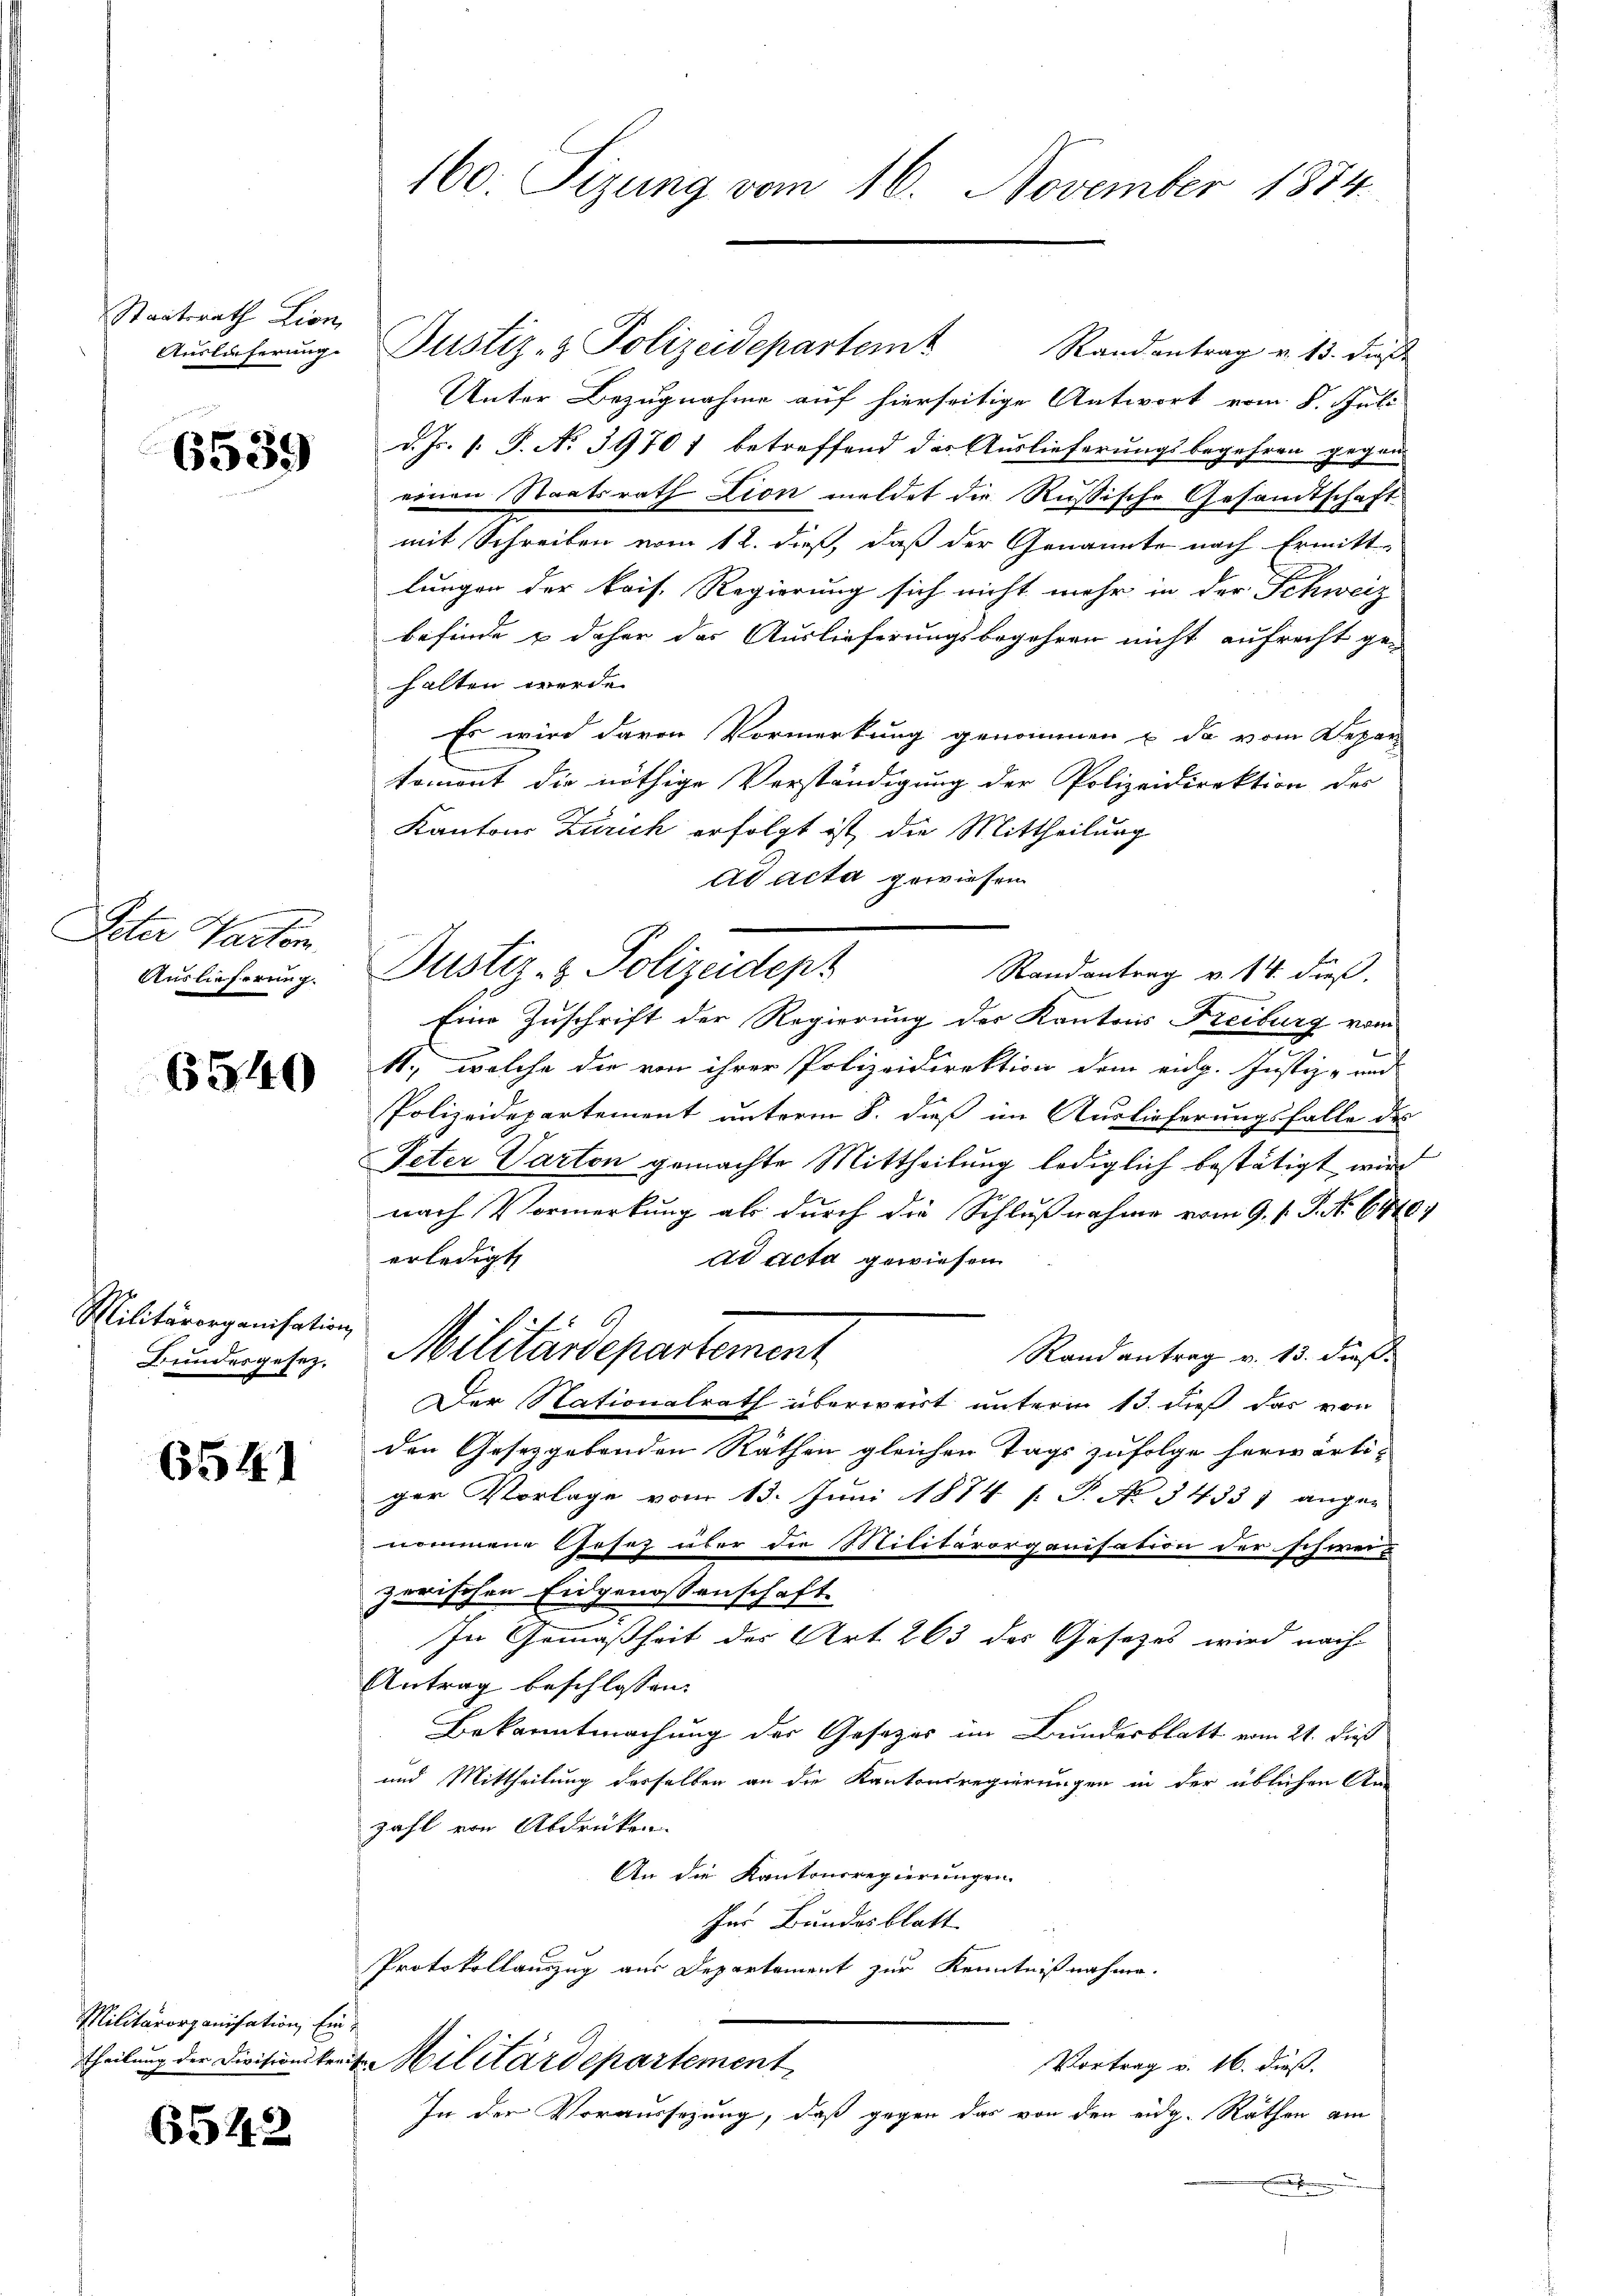
Staatsrath Lion,
Auslieferung

6539

Peter Parten.
Auslieferung.

6540

Militärorganisation
Bundesgesez¬

6541

Militärorganisation, Ein
Theilung der Divisionskre-

6542

160. Tizung vom 16. November 1874.

Justiz- & Polizeidepartem Randantrag v. 13. dieß
Unter Bezugnahme auf hierseitige Antwort vom 8. Juli
d. Js. 1. P. No 39701 betreffend das Auslieferungsbegehren gegen
einen Staatsrath Lion meldet die Rußische Gesamtschaft
mit Schreiben vom 12. dieß, daß der Genannte nach Ermitt
lungen der kais. Regierung sich nicht mehr in der Schweiz
befinde & daher das Auslieferungsbegehren nicht aufrecht ge-
halten werde.
Es wird davon Vormerkung genommen u. da vom Depar
koment die nöthige Verständigung der Polizeidirektion des
Kantons Zürich erfolgt ist, die Mittheilung
ad acta gewiesen
Justiz- & Polizeidept
Randantrag v. 14. dieß.
Eine Zuschrift der Regierung der Kantons Freiburg vom
4., welche die von ihrer Polizeidirektion dem eidg. Justiz- und
Polizeidepartement unterm 8. dieß im Auslieferungsfalle des
Peter Varton gemachte Mittheilung lediglich bestätigt wird
nach Vormerkung als durch die Schlußnahme vom 9. s. S. No. 6710.
erledigt
dd acta gewiesen.
Militärdepartement
Randantrag v. 13. dieß.
Der Nationalrath überweist unterm 13. dieß das von
den Gesetzgebenden Räthen gleichen Tags zufolge herwärtiger Vorlage vom 13. Juni 1874 [ P. No 14337 angen
nommene Gesez über die Militärorganisation der schwei-
zerischen Eidgenossenschaft.
In Gemäßheit des Art. 263 des Gesetzes wird nach
Antrag beschlossen:
Bekanntmachung des Gesetzes im Bundesblatt vom 21. dieß
und Mittheilung desselben an die Kantonsregierungen in der üblichen An-
zahl von Abdrücken.
An die Kantonsregierungen.
her Bundesblatt
Protokollauszug aus Departement zur Kenntnißnahme.
h
4 Militärdepartement
Vortrag v. 16. dieß.
In der Voraussezung, daß gegen das von den eidg. Räthen am